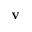
\mathbf { v }